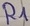
Text: R1